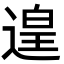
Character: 遑